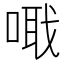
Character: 𠺵